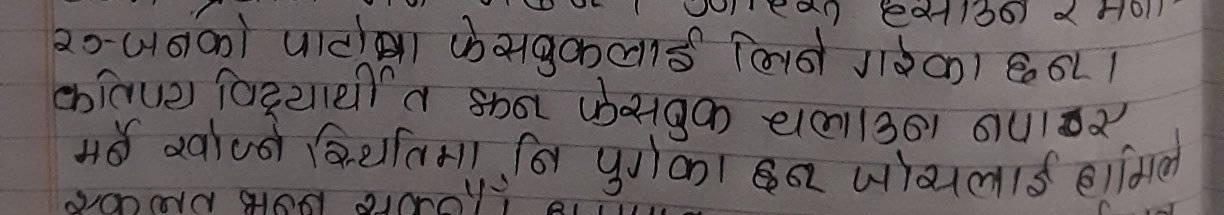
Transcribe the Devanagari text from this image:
२७-जनको पाटोका फेसबुकलाई लिने गरेका छन्।
कतिपय विद्यार्थी त झन फेसबुक चलाउन नपाएर
मरे खोज्ने स्थितिमा नि पुगेका यी जोसलाई हामिल
स्कुलमा भन्न सक्छौँ।